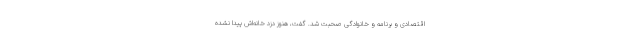
اقتصادى و برنامه و خانوادگى صحبت شد. گفت، هنوز دزد خانه‌اش پیدا نشده